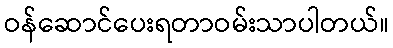
ဝန်ဆောင်ပေးရတာဝမ်းသာပါတယ်။